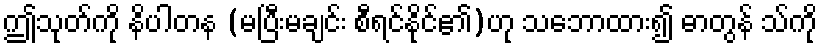
ဤသုတ်ကို နိပါတန (မပြီးမချင်း စီရင်နိုင်၏)ဟု သဘောထား၍ ဓာတွန် သ်ကို